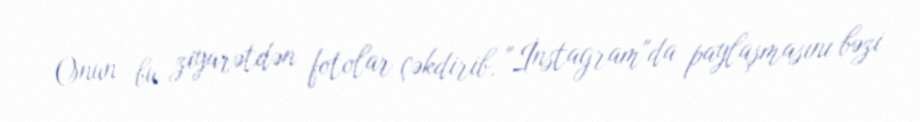
Onun bu ziyarətdən fotolar çəkdirib, "İnstagram"da paylaşmasını bəzi